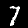
Label: 7